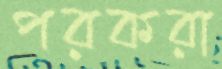
পরকরা